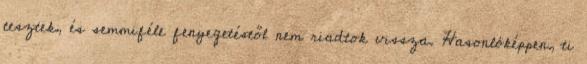
tesztek, és semmiféle fenyegetéstől nem riadtok vissza. Hasonlóképpen, ti